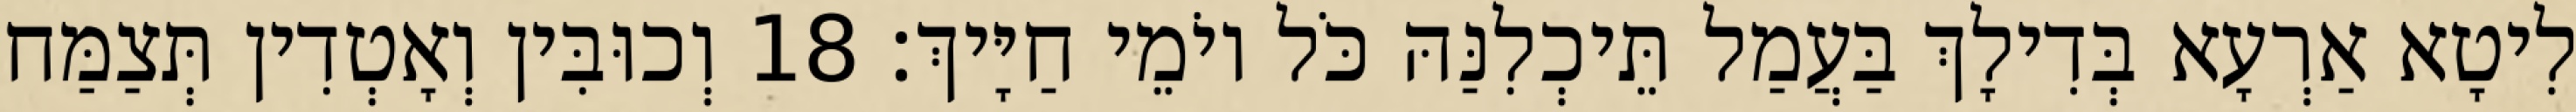
לִיטָא אַרְעָא בְּדִילָךְ בַּעֲמַל תֵּיכְלִנַּהּ כֹּל יוֹמֵי חַיָּיךְ׃ 18 וְכוּבִּין וְאָטְדִין תְּצַמַּח